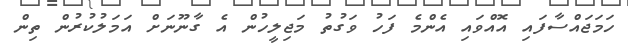
ހަމަޖައްސާފައި އޮއްވައި އެންމެ ފަހު ވަގުތު މަޖިލީހުން އެ ގާނޫނަށް އަމަލުކުރުން ތިން